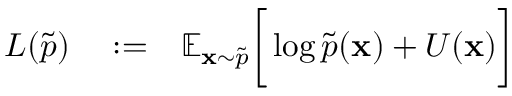
\begin{array} { r l r } { L ( \tilde { p } ) } & { { } : = } & { \mathbb { E } _ { \mathbf { x } \sim \tilde { p } } \bigg [ \log \tilde { p } ( \mathbf { x } ) + U ( \mathbf { x } ) \bigg ] } \end{array}